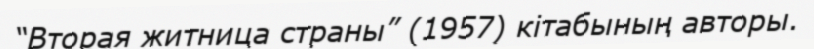
“Вторая житница страны” (1957) кітабының авторы.